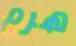
هرم